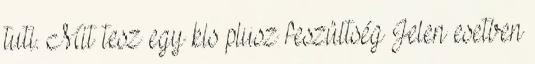
tuti. Mit tesz egy kis plusz feszültség Jelen esetben